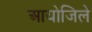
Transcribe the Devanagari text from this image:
आयोजिले